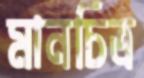
মানচিত্র